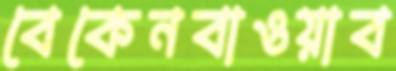
বেকেনবাওয়াব